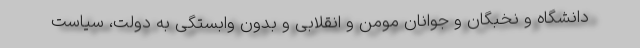
دانشگاه و نخبگان و جوانان مومن و انقلابی و بدون وابستگی به دولت، سیاست